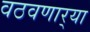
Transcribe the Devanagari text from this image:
वठवणार्‍या